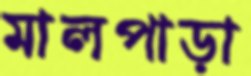
মালপাড়া